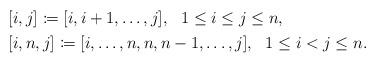
LaTeX: \begin{align*}\begin{aligned} & [i,j]\coloneqq [i,i+1,\dots,j],\ \ 1\leq i\leq j\leq n,\\ & [i,n,j]\coloneqq [i,\dots,n,n,n-1,\dots,j],\ \ 1\leq i<j\leq n.\end{aligned}\end{align*}